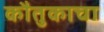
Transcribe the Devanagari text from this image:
कौतुकाचा